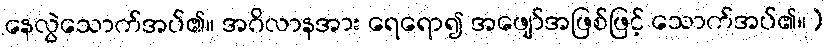
နေလွဲသောက်အပ်၏။ အဂိလာနအား ရေရော၍ အဖျော်အဖြစ်ဖြင့် သောက်အပ်၏။)